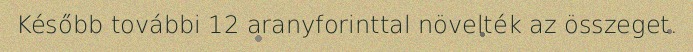
Később további 12 aranyforinttal növelték az összeget.